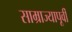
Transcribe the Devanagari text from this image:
साम्राज्यापूर्वी